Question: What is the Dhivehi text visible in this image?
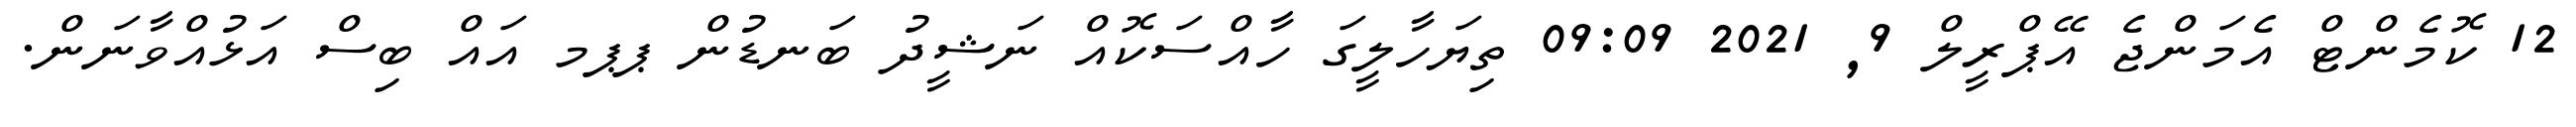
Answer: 12 ކޮމެންޓް އެމަންޖެ އޭޕްރީލް 9, 2021 09:09 ތިޔަހާލީގަ ހާއްސަކޮއް ނަޝީދު ބަނޑުން ޕޕމ އައް ބިސް އަޅުއްވާނަން.